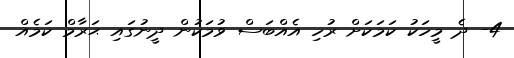
4- ދެ މީހަކު ކަމަކަށް ރުހި އެއްބަސް ވުމަކުން ދީނުގައި ޙަރާމް ކަމެއް